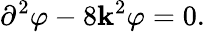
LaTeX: \partial^{2}\varphi-8\mathbf{k}^{2}\varphi=0.